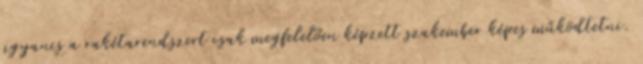
ugyanis a rakétarendszert csak megfelelően képzett szakember képes működtetni.